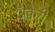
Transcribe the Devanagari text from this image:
अॅक्वेरी